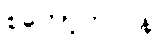
စကော့တလန်